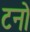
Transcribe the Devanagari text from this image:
टनो